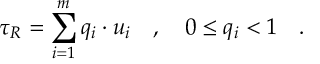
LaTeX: \tau _ { R } = \sum _ { i = 1 } ^ { m } q _ { i } \cdot u _ { i } \quad , \quad 0 \le q _ { i } < 1 \quad .